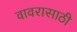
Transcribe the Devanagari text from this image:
वावरासाठी